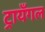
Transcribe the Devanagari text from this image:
ट्रायँगल